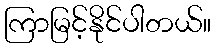
ကြာမြင့်နိုင်ပါတယ်။